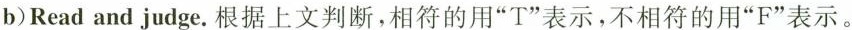
b)Read andjudge.根据上文判断,相符的用“T”表示,不相符的用“F”表示